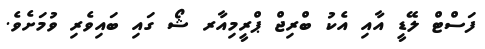
ފަސްޓް ލޭޑީ އާއި އެކު ބްރިޖް ޕްރީމިއާރ ޝޯ ގައި ބައިވެރި ވުމަށެވެ.